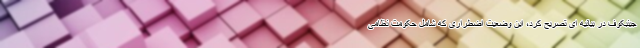
جینبکوف در بیانیه ای تصریح کرد، این وضعیت اضطراری که شامل حکومت نظامی